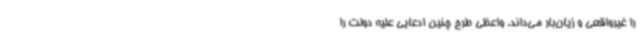
را غیرواقعی و زیان‌بار می‌داند. واعظی طرح چنین ادعایی علیه دولت را